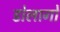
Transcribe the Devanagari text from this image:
डोलागो